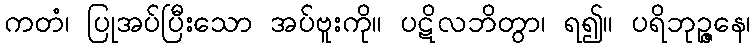
ကတံ၊ ပြုအပ်ပြီးသော အပ်ဗူးကို။ ပဋိလဘိတွာ၊ ရ၍။ ပရိဘုဉ္ဇနေ၊